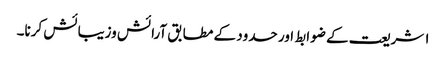
۱ شریعت کے ضوابط اور حدود کے مطابق آرائش وزیبائش کرنا۔